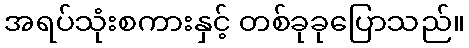
အရပ်သုံးစကားနှင့် တစ်ခုခုပြောသည်။